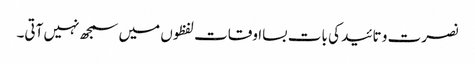
نصرت و تائید کی بات بسااوقات لفظوں میں سمجھ نہیں آتی۔